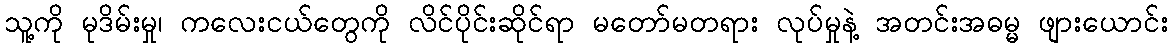
သူ့ကို မုဒိမ်းမှု၊ ကလေးငယ်တွေကို လိင်ပိုင်းဆိုင်ရာ မတော်မတရား လုပ်မှုနဲ့ အတင်းအဓမ္မ ဖျားယောင်း